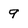
Character: 9